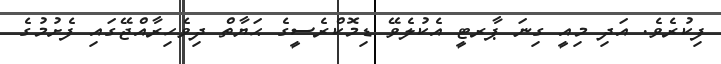
ފިކުރެވެ. އަދި މިއީ ގިނަ ޕާރޓީ އެކުލެވޭ ޑިމޮކްރެސީގެ ޙަޔާތް ދިވެހިރާއްޖޭގައި ފެށުމުގެ